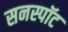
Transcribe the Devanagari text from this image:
सनस्पॉट